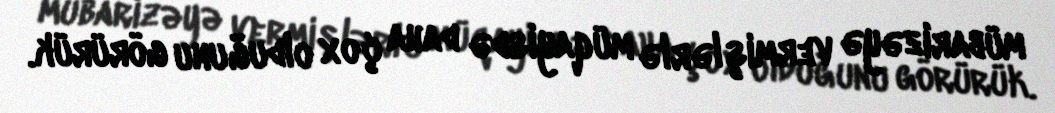
mübarizəyə vermişlərlə müqayisdə daha çox olduğunu görürük.